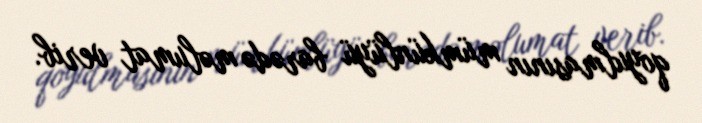
qoyulmasının mümkünlüyü barədə məlumat verib.